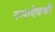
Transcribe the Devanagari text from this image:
रूपाऐवजी